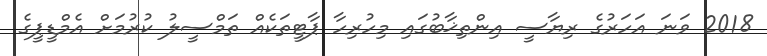
2018 ވަނަ އަހަރުގެ ރިޔާސީ އިންތިޚާބުގައި މިހުރިހާ ޕާޓީތަކެއް ތަމްސީލު ކުރުމަށް އެމްޑީޕީގެ